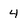
Character: 4